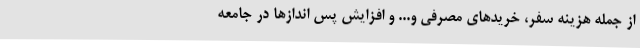
از جمله هزینه سفر، خریدهای مصرفی و... و افزایش پس اندازها در جامعه